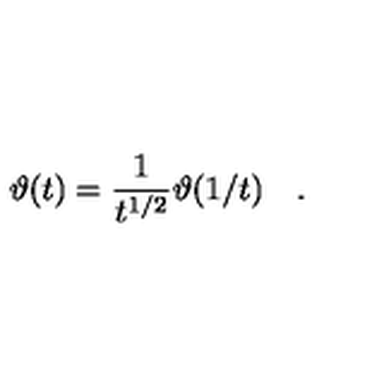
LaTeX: \vartheta ( t ) = \frac { 1 } { t ^ { 1 / 2 } } \vartheta ( 1 / t ) \quad .